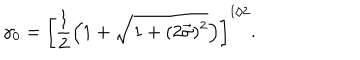
\gamma _ { 0 } = \left[ \frac { 1 } { 2 } \left( 1 + \sqrt { 1 + ( 2 \vec { \sigma } ) ^ { 2 } } \right) \right] ^ { 1 / 2 } .